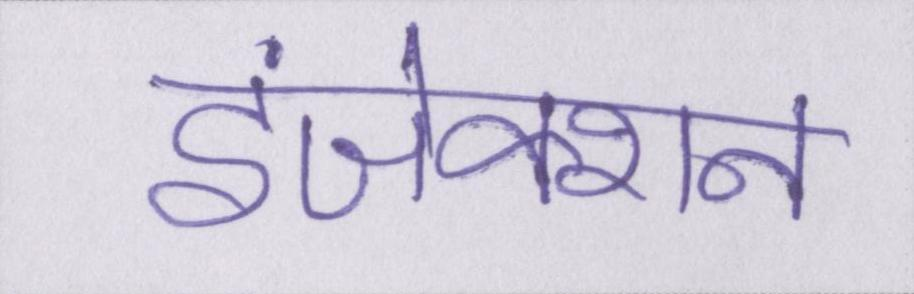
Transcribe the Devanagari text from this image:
इंजेक्शन